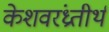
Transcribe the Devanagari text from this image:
केशवरंध्रतीर्थ